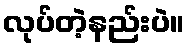
လုပ်တဲ့နည်းပဲ။